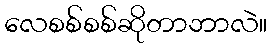
လေစစ်စစ်ဆိုတာဘာလဲ။